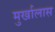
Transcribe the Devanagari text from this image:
मुर्खालास